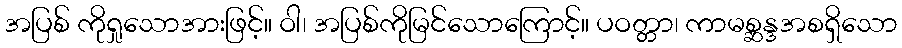
အပြစ် ကိုရှုသောအားဖြင့်။ ဝါ၊ အပြစ်ကိုမြင်သောကြောင့်။ ပဝတ္တာ၊ ကာမစ္ဆန္ဒအစရှိသော